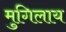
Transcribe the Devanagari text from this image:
मुगिलाय